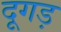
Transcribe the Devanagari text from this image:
दूगड़